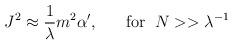
LaTeX: \begin{align*}J^2\approx\frac{1}{\lambda}m^2\alpha',\;\;\;\;\;\;\mbox{for}\;\;N>>\lambda^{-1}\end{align*}